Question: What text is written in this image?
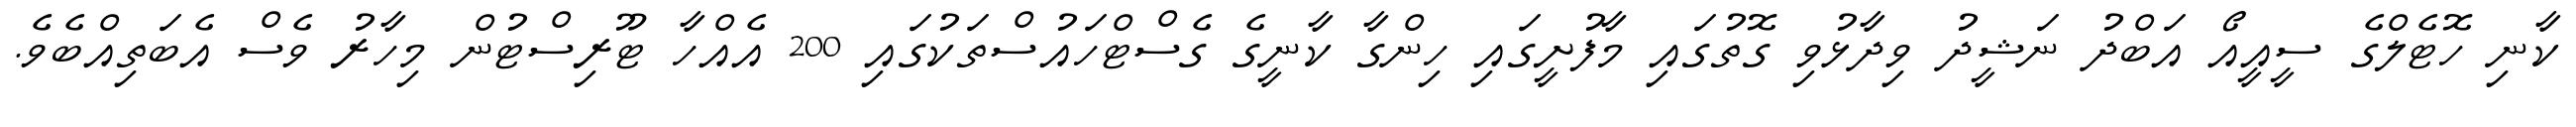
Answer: ކާނި ހޮޓެލްގެ ސީއީއޯ އަބްދު ނަޝީދު ވިދާޅުވި ގޮތުގައި މާފުށީގައި ހިންގާ ކާނީގެ ގެސްޓްހައުސްތަކުގައި 200 އެއްހާ ޓޫރިސްޓުން މިހާރު ވެސް އެބަތިއްބެވެ.